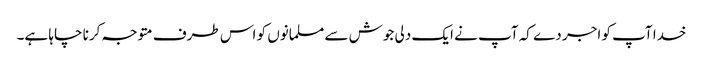
خدا آپ کو اجر دے کہ آپ نے ایک دلی جوش سے مسلمانوں کو اس طرف متوجہ کرنا چاہا ہے۔